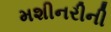
મશીનરીની